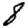
Digit: 8